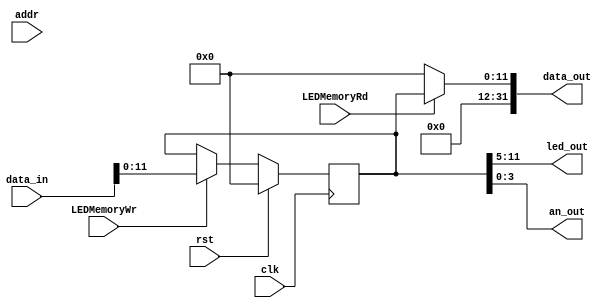
module LEDMemory (
    input clk,
    input rst,
    input [31: 0] addr,
    input [31: 0] data_in,
    output [31: 0] data_out,
    input LEDMemoryWr,
    input LEDMemoryRd,
    output [6: 0] led_out,
    output [3: 0] an_out
);
    
    reg [11:0] data;
    assign led_out = data[11:5];
    assign an_out = data[3:0];
    assign data_out = LEDMemoryRd ? {20'h0, data} : 32'h0;
always @ (posedge clk) begin
    if (rst) begin
        data <= 12'h0;
    end
    else begin
        if (LEDMemoryWr) begin
            data <= data_in[11:0];
        end
    end
end

endmodule